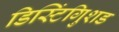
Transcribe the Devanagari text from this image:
डिस्टिंगुिशड